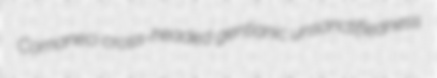
Comaneci cross-headed gentianic unsanctifiedness